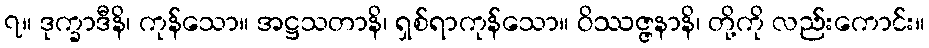
၇။ ဒုက္ခာဒီနိ၊ ကုန်သော။ အဋ္ဌသတာနိ၊ ရှစ်ရာကုန်သော။ ဝိဿဇ္ဇနာနိ၊ တို့ကို လည်းကောင်း။